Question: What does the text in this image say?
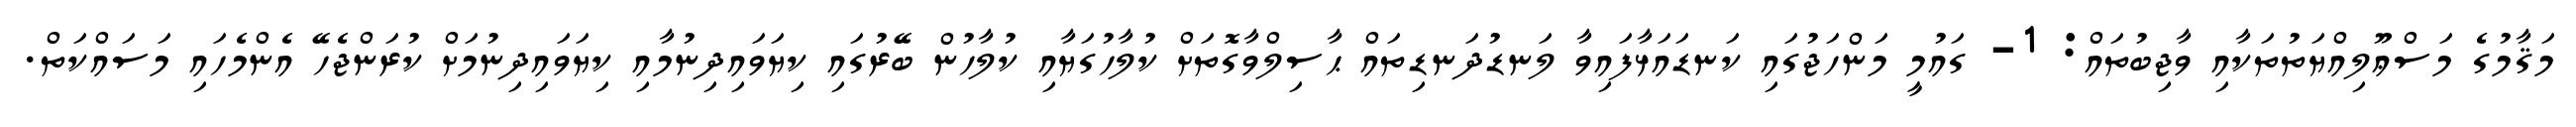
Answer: މަޤާމުގެ މަސްޢޫލިއްޔަތުތަކާއި ވާޖިބުތައް: 1- ގައުމީ މަންހަޖުގައި ކަނޑައަޅާފައިވާ ލަނޑުދަނޑިތައް ޙާސިލްވާގޮތަށް ކުލާހުގަޔާއި ކުލާހުން ބޭރުގައި ކިޔަވައިދިނުމާއި ކިޔަވައިދިނުމަށް ކުރަންޖެހޭ އެންމެހައި މަސައްކަތް.